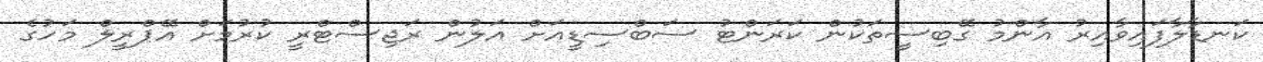
ކަނޑާލާފައިވާއިރު އާންމު ގޭބިސީތަކުން ކަރަންޓު ސަބްސިޑީއަށް އަލުން ރަޖިސްޓްރީ ކުރުމަށް އޭޕްރީލް މަހުގެ